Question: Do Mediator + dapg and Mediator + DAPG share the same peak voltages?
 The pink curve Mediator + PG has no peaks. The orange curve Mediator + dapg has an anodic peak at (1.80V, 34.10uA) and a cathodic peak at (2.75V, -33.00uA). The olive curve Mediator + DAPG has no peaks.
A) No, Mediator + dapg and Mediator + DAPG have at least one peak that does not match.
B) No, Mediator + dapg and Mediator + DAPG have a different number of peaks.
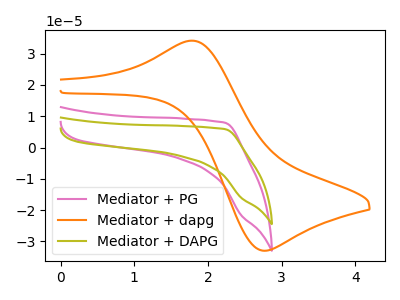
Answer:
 <answer>B) No, "Mediator + dapg" and "Mediator + DAPG" have a different number of peaks.</answer>
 <eval>B</eval>